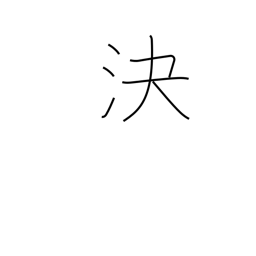
Meaning: decide